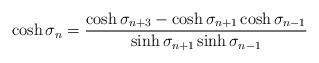
LaTeX: \begin{align*}\cosh \sigma_n = \frac{\cosh \sigma_{n+3}-\cosh \sigma_{n+1}\cosh \sigma_{n-1}}{\sinh \sigma_{n+1}\sinh \sigma_{n-1}}\end{align*}